Report on the bubonic plague in Bombay, 1896-1897
Year: 1896
Disease focus: Plague
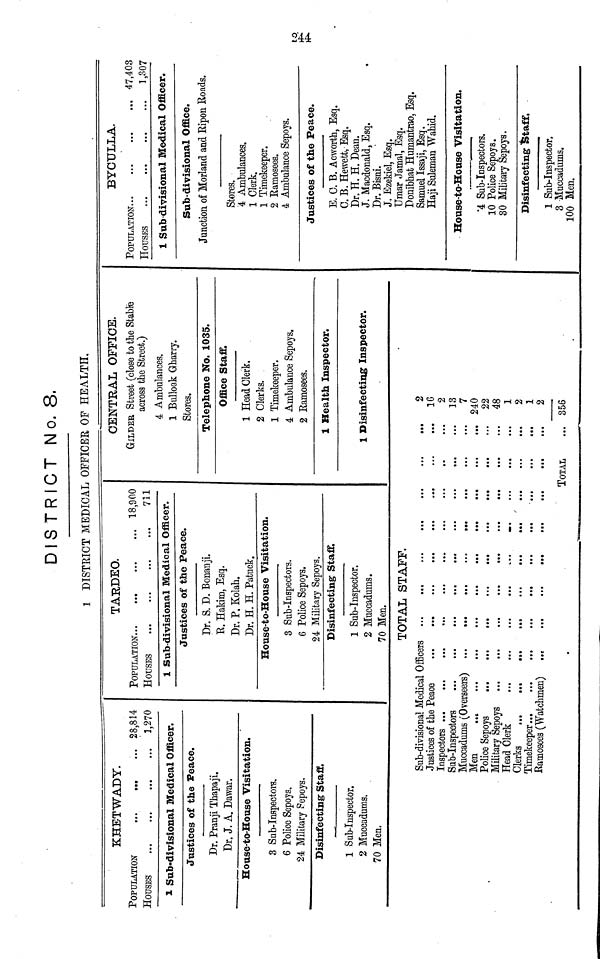
DISTRICT No. 8.
DISTRICT MEDICAL OFFICER OP HEALTH.
KHETWADY.
POPULATION
... 28,814
HOUSES
1,270
1 Sub-divisional Medical Officer.
Justices of the Peace.
Dr. Pranji Thapaji.
Dr. J. A. Dawar.
Honse-to-Honse Visitation.
3 Sab-Inspectors.
6 Police Sepoys.
24 Military Sepoys.
Disinfecting Staff.
1 Sub-Inspector.
2 Muccadums.
70 Men.
TARDEO.
POPULATION
18,900
HOUSES
711
1 Sub-divisional Medical Officer.
Justices of the Peace.
Dr. S. D. Bonanji.
E. Hakim, Esq.
Dr. P. Kolah.
Dr. H. H. Pafcuck.
House-to-House Visitation.
8 Sub-Inspectors.
6 Police Sepoys.
24 Military Sepoys.
Disinfecting Staff.
1 Sub-Inspector.
2 Muccadums.
70 Men.
CENTRAL OFFICE.
GILDER Street (close to the Stable
across the Street.)
4 Ambulances.
1 Bullock Gharry.
Stores.
Telephone No. 1035.
Office Staff.
1 Head Clerk.
2 Clerks.
1 Timekeeper.
4 Ambulance Sepoys.
2 Ramosees.
1 Health Inspector.
1 Disinfecting Inspector.
TOTAL STAFF.
Sub-divisional Medical Officers
Justices of the Peace
Inspectors ...
Sub-Inspectors
...
...
Muccadums (Overseers)
Men
...
Police Sepoys
Military Sepoys
Head Olerk
Clerks ...
Timekeeper ...
...
...
...
...
...
...
Ramosees (Watchmen)
...
...
...
...
...
...
...
...
...
...
...
...
...
...
...
...
...
...
...
...
...
...
...
...
...
...
...
...
...
...
...
...
...
...
...
...
...
...
...
...
...
...
...
...
...
...
...
...
...
...
...
...
...
...
...
...
...
...
...
...
...
...
...
...
...
...
...
...
...
...
...
...
...
...
...
...
...
...
...
...
...
...
...
TOTAL
...
...
...
...
...
...
...
...
...
...
...
...
...
2
16
2
13
7
240
22
48
1
2
1
2
356
BYCULLA.
Population ... ... ... ...47,403
HOUSES
1,307
1 Sub-divisional Medical Officer.
Sub-divisional Office.
Junction of Morland and Bipon Ronds.
Stores.
4 Ambulances.
1 Clerk.
1 Timekeeper.
2 Ramosees.
4 Ambulance Sepoys.
Justices of the Peace.
E. C. B. Acworth, Esq.
C. B. Hewett, Esq.
Dr. H. H. Dean.
J. Macdonald, Esq.
Dr. Bisni.
J. Ezekiel, Esq.
Umar Jamal, Esq.
Donibhat Humantrao, Esq.
Samuel Issaji, Esq.
Haji Suleman Wahid.
House-to-House Visitation.
4 Sub-Inspectors.
10 Police Sepoys.
30 Military Sepoys.
Disinfecting Staff.
1 Sub-Inspector.
3 Muccadums.
100 Men.